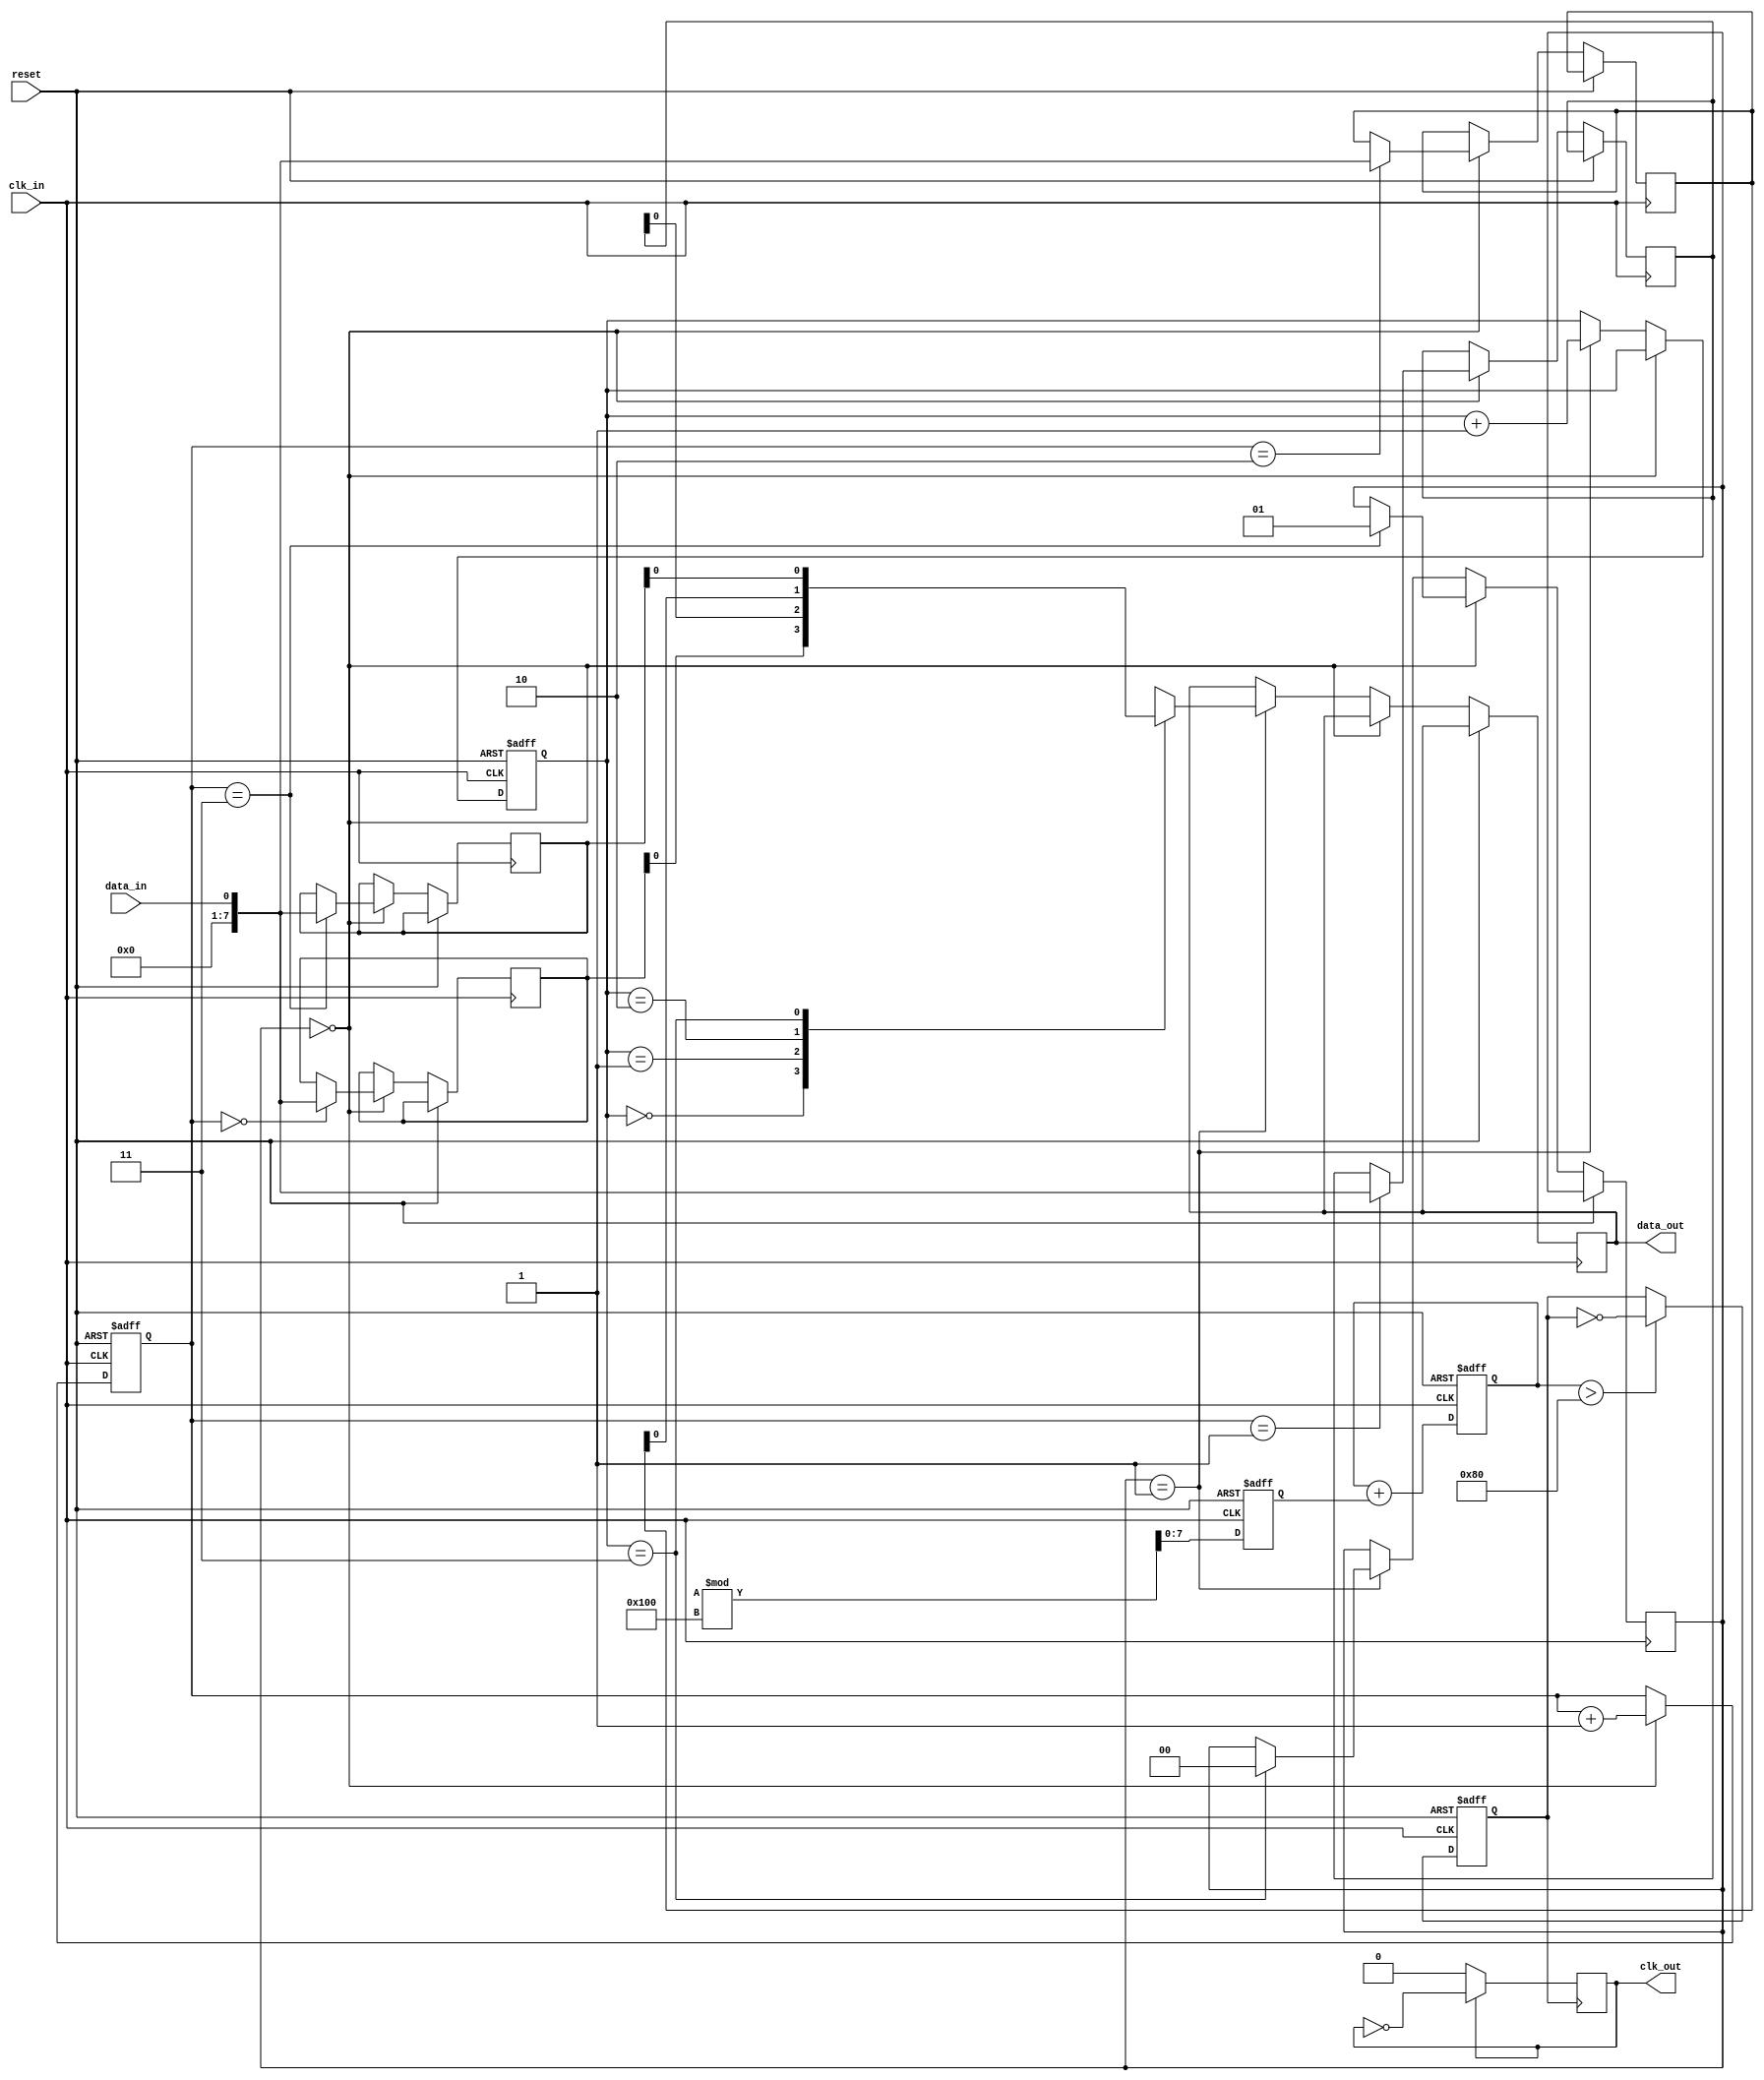
module pll_synchronizer (
    input wire clk_in,          // Incoming data clock
    input wire reset,           // Asynchronous reset
    input wire data_in,         // Incoming data
    output reg clk_out,         // Output clock
    output reg data_out         // Synchronized data output
);

// Parameters for PLL
parameter DIV_FACTOR = 2; // Example divider factor

// Internal wires and registers
reg [7:0] error_signal;          // Phase error signal from PD
reg [7:0] control_signal;        // Control signal for VCO
reg vco_clk;                     // VCO clock output
reg [1:0] state;                 // State for synchronization FIFO
reg [7:0] fifo [0:3];            // Example FIFO storage (4 depth)
reg [1:0] write_pointer, read_pointer; // FIFO pointers

// Phase Detector (PD)
always @(posedge clk_in or posedge reset) begin
    if (reset) begin
        error_signal <= 8'b0;
    end else begin
        // Placeholder for phase detection logic
        // Here we should compare phase of clk_in and vco_clk
        // For simplification, we will randomly generate phase error
        error_signal <= $random % 256; // Replace with actual PD logic
    end
end

// Loop Filter
always @(posedge clk_in or posedge reset) begin
    if (reset) begin
        control_signal <= 8'b0;
    end else begin
        // Simple PI filter implementation
        control_signal <= control_signal + error_signal;
    end
end

// Voltage-Controlled Oscillator (VCO)
always @(posedge clk_in or posedge reset) begin
    if (reset) begin
        vco_clk <= 1'b0;
    end else begin
        // Example: toggle frequency based on control signal
        if (control_signal > 128)
            vco_clk <= ~vco_clk; // Simplified VCO behavior
    end
end

// Clock Divider
always @(posedge vco_clk) begin
    if (clk_out)
        clk_out <= ~clk_out;
end

// Synchronization FIFO
always @(posedge clk_in or posedge reset) begin
    if (reset) begin
        write_pointer <= 2'b0;
        read_pointer <= 2'b0;
    end else if (state == 2'b00) begin // Write state
        fifo[write_pointer] <= data_in;
        write_pointer <= write_pointer + 1;
        if (write_pointer == 2'b11) state <= 2'b01; // Transition to read
    end else if (state == 2'b01) begin // Read state
        data_out <= fifo[read_pointer];
        read_pointer <= read_pointer + 1;
        if (read_pointer == 2'b11) state <= 2'b00; // Transition to write
    end
end

// Meta-stability handling (2-stage FF)
reg meta_stage1, meta_stage2;
always @(posedge clk_out or posedge reset) begin
    if (reset) begin
        meta_stage1 <= 1'b0;
        meta_stage2 <= 1'b0;
    end else begin
        meta_stage1 <= data_out;
        meta_stage2 <= meta_stage1;
    end
end

endmodule